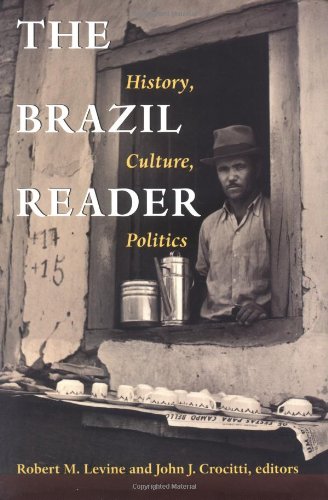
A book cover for The Brazil Reader: History, Culture, Politics (The Latin America Readers); Law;